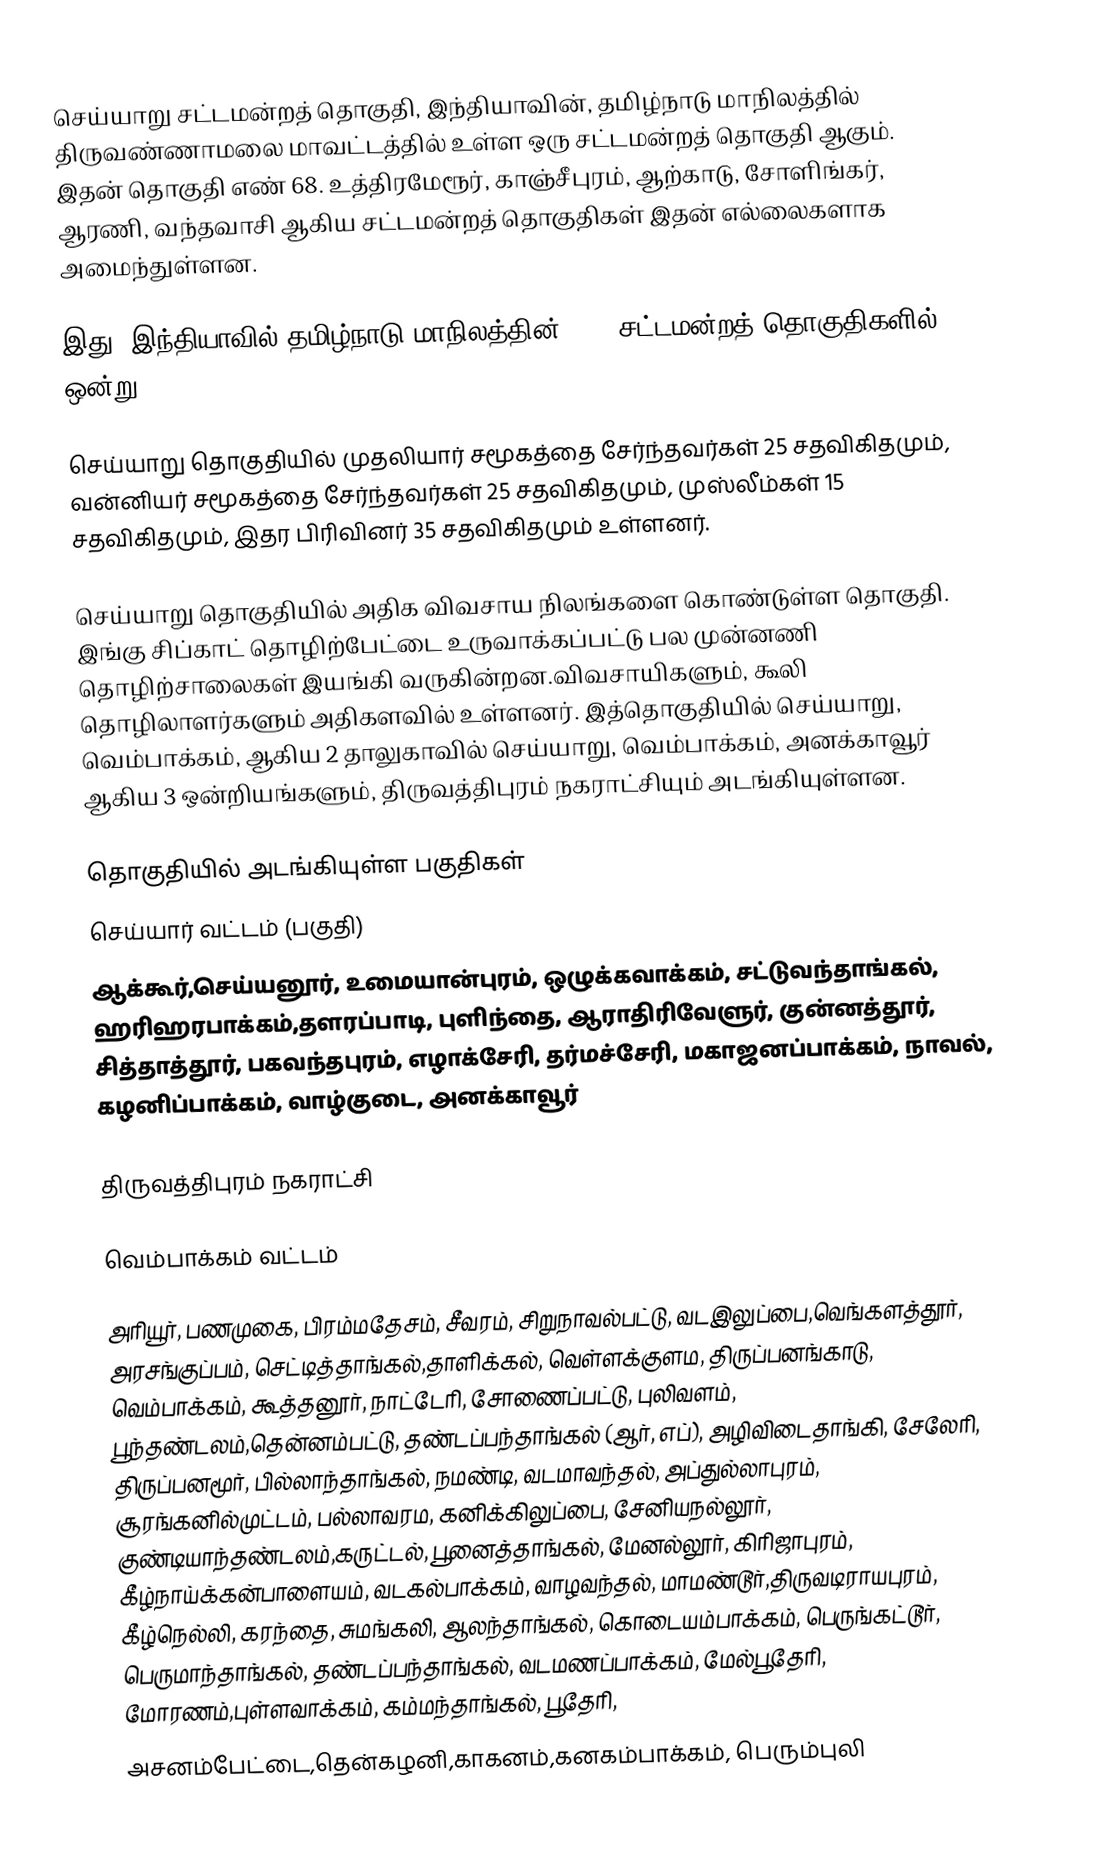
செய்யாறு சட்டமன்றத் தொகுதி, இந்தியாவின், தமிழ்நாடு மாநிலத்தில்  திருவண்ணாமலை மாவட்டத்தில் உள்ள ஒரு சட்டமன்றத் தொகுதி ஆகும். இதன் தொகுதி எண் 68.  உத்திரமேரூர், காஞ்சீபுரம், ஆற்காடு, சோளிங்கர், ஆரணி, வந்தவாசி ஆகிய சட்டமன்றத் தொகுதிகள் இதன் எல்லைகளாக அமைந்துள்ளன.

இது, இந்தியாவில் தமிழ்நாடு மாநிலத்தின், 234 சட்டமன்றத் தொகுதிகளில் ஒன்று.

செய்யாறு தொகுதியில் முதலியார் சமூகத்தை சேர்ந்தவர்கள் 25 சதவிகிதமும், வன்னியர் சமூகத்தை சேர்ந்தவர்கள் 25 சதவிகிதமும், முஸ்லீம்கள் 15 சதவிகிதமும், இதர பிரிவினர் 35 சதவிகிதமும் உள்ளனர்.

செய்யாறு தொகுதியில் அதிக விவசாய நிலங்களை கொண்டுள்ள தொகுதி. இங்கு சிப்காட் தொழிற்பேட்டை உருவாக்கப்பட்டு பல முன்னணி தொழிற்சாலைகள் இயங்கி வருகின்றன.விவசாயிகளும், கூலி தொழிலாளர்களும் அதிகளவில் உள்ளனர். இத்தொகுதியில் செய்யாறு, வெம்பாக்கம், ஆகிய 2 தாலுகாவில் செய்யாறு, வெம்பாக்கம், அனக்காவூர் ஆகிய 3 ஒன்றியங்களும், திருவத்திபுரம் நகராட்சியும் அடங்கியுள்ளன.

தொகுதியில் அடங்கியுள்ள பகுதிகள்
 செய்யார் வட்டம் (பகுதி)
ஆக்கூர்,செய்யனூர், உமையான்புரம்,  ஒழுக்கவாக்கம், சட்டுவந்தாங்கல், ஹரிஹரபாக்கம்,தளரப்பாடி, புளிந்தை, ஆராதிரிவேளுர், குன்னத்தூர்,  சித்தாத்தூர்,  பகவந்தபுரம், எழாக்சேரி,  தர்மச்சேரி,  மகாஜனப்பாக்கம், நாவல், கழனிப்பாக்கம், வாழ்குடை, அனக்காவூர்

திருவத்திபுரம் நகராட்சி

 வெம்பாக்கம் வட்டம்

அரியூர், பணமுகை, பிரம்மதேசம், சீவரம், சிறுநாவல்பட்டு, வடஇலுப்பை,வெங்களத்தூர், அரசங்குப்பம், செட்டித்தாங்கல்,தாளிக்கல், வெள்ளக்குளம, திருப்பனங்காடு, வெம்பாக்கம், கூத்தனூர், நாட்டேரி, சோணைப்பட்டு, புலிவளம், பூந்தண்டலம்,தென்னம்பட்டு, தண்டப்பந்தாங்கல் (ஆர், எப்), அழிவிடைதாங்கி, சேலேரி, திருப்பனமூர், பில்லாந்தாங்கல், நமண்டி, வடமாவந்தல், அப்துல்லாபுரம், சூரங்கனில்முட்டம், பல்லாவரம, கனிக்கிலுப்பை, சேனியநல்லூர், குண்டியாந்தண்டலம்,கருட்டல், பூனைத்தாங்கல், மேனல்லூர், கிரிஜாபுரம், கீழ்நாய்க்கன்பாளையம், வடகல்பாக்கம், வாழவந்தல், மாமண்டூர்,திருவடிராயபுரம், கீழ்நெல்லி, கரந்தை, சுமங்கலி, ஆலந்தாங்கல், கொடையம்பாக்கம், பெருங்கட்டூர், பெருமாந்தாங்கல், தண்டப்பந்தாங்கல், வடமணப்பாக்கம், மேல்பூதேரி, மோரணம்,புள்ளவாக்கம், கம்மந்தாங்கல், பூதேரி,
அசனம்பேட்டை,தென்கழனி,காகனம்,கனகம்பாக்கம், பெரும்புலி